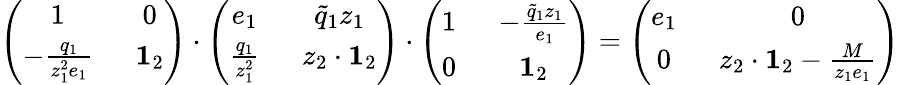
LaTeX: \left(\begin{array}{cc}{1\, \, \, }&{0}\\ {-\frac{q_{1}}{z_{1}^{2}e_{1}}\, \, \, }&{\mathbf{1}_{2}}\end{array}\right)\cdot\left(\begin{array}{cc}{e_{1}\, \, \, }&{\widetilde{q}_{1}z_{1}}\\ {\frac{q_{1}}{z_{1}^{2}}\, \, \, }&{z_{2}\cdot\mathbf{1}_{2}}\end{array}\right)\cdot\left(\begin{array}{cc}{1\, \, \, }&{-\frac{\widetilde{q}_{1}z_{1}}{e_{1}}}\\ {0\, \, \, }&{\mathbf{1}_{2}}\end{array}\right)=\left(\begin{array}{cc}{e_{1}\, \, \, }&{0}\\ {0\, \, \, }&{z_{2}\cdot\mathbf{1}_{2}-\frac{M}{z_{1}e_{1}}}\end{array}\right)\,